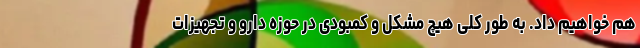
هم خواهیم داد. به طور کلی هیچ مشکل و کمبودی در حوزه دارو و تجهیزات